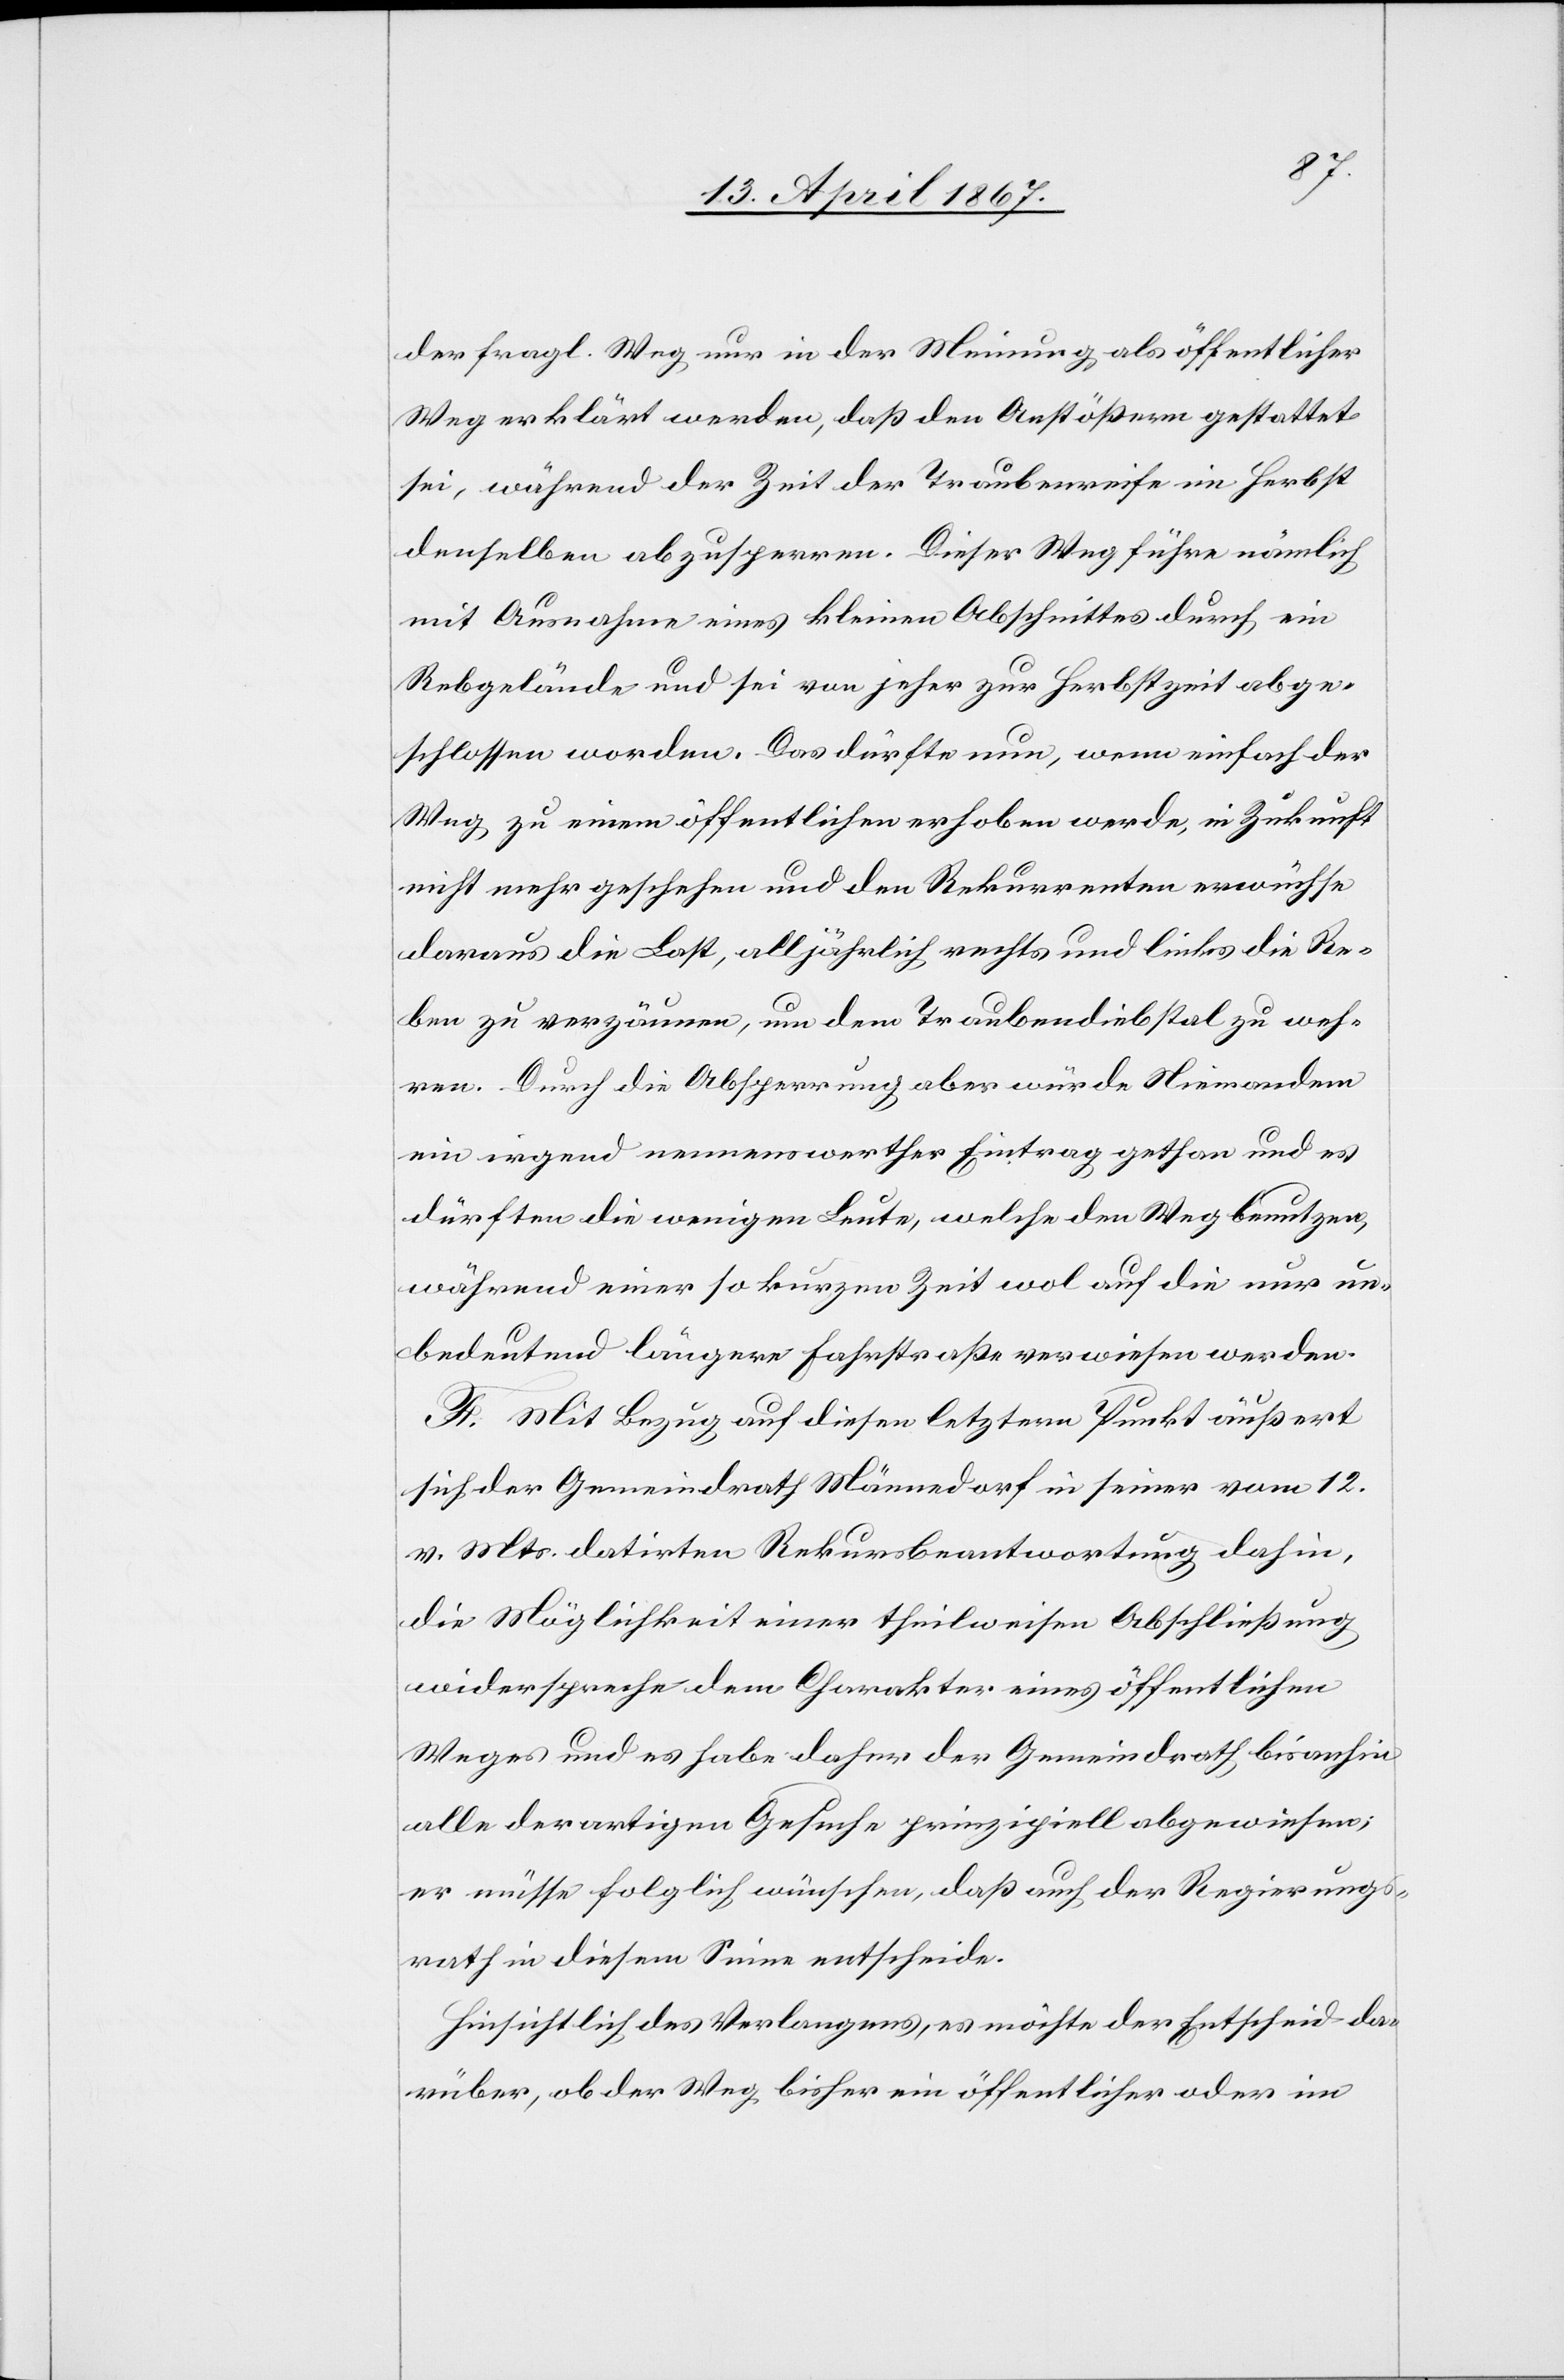
der fragl. Weg nur in der Meinung als öffentlicher
Weg erklärt werden, daß den Anstößern gestattet
sei, während der Zeit der Traubenreife im Herbst
denselben abzusperren. Dieser Weg führe nämlich
mit Ausnahme eines kleinen Abschnittes durch ein
Rebgelände und sei von jeher zur Herbstzeit abge¬
schlossen worden. Das dürfte nun, wenn einfach der
Weg zu einem öffentlichen erhoben werde, in Zukunft
nicht mehr geschehen und den Rekurrenten erwüchse
daraus die Last, alljährlich rechts und links die Re¬
ben zu verzäunen, um dem Traubendiebstal zu weh¬
ren. Durch die Absperrung aber würde Niemandem
ein irgend nennenswerther Eintrag gethan und es
dürften die wenigen Leute, welche den Weg benutzen,
während einer so kurzen Zeit wol auf die nur un¬
bedeutend längere Fahrstraße verwiesen werden.
F. Mit Bezug auf diesen letztern Punkt äußert
sich der Gemeindrath Männedorf in seiner vom 12.
v. Mts. datirten Rekursbeantwortung dahin,
die Möglichkeit einer theilweisen Abschließung
widerspreche dem Charakter eines öffentlichen
Weges und es habe daher der Gemeindrath bisanhin
alle derartigen Gesuche prinzipiell abgewiesen;
er müsse folglich wünschen, daß auch der Regierungs¬
rath in diesem Sinne entscheide.
Hinsichtlich des Verlangens, es möchte der Entscheid da¬
rüber, ob der Weg bisher ein öffentlicher oder im